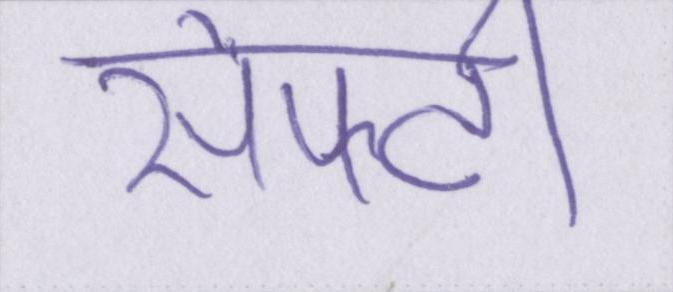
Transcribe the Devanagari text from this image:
सेफ्टी